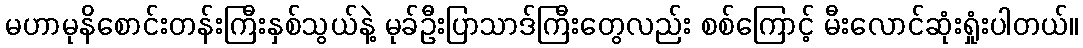
မဟာမုနိစောင်းတန်းကြီးနှစ်သွယ်နဲ့ မုခ်ဦးပြာသာဒ်ကြီးတွေလည်း စစ်ကြောင့် မီးလောင်ဆုံးရှုံးပါတယ်။